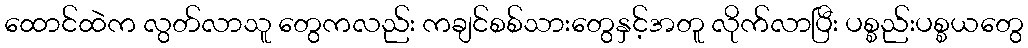
ထောင်ထဲက လွတ်လာသူ တွေကလည်း ကချင်စစ်သားတွေနှင့်အတူ လိုက်လာပြီး ပစ္စည်းပစ္စယတွေ